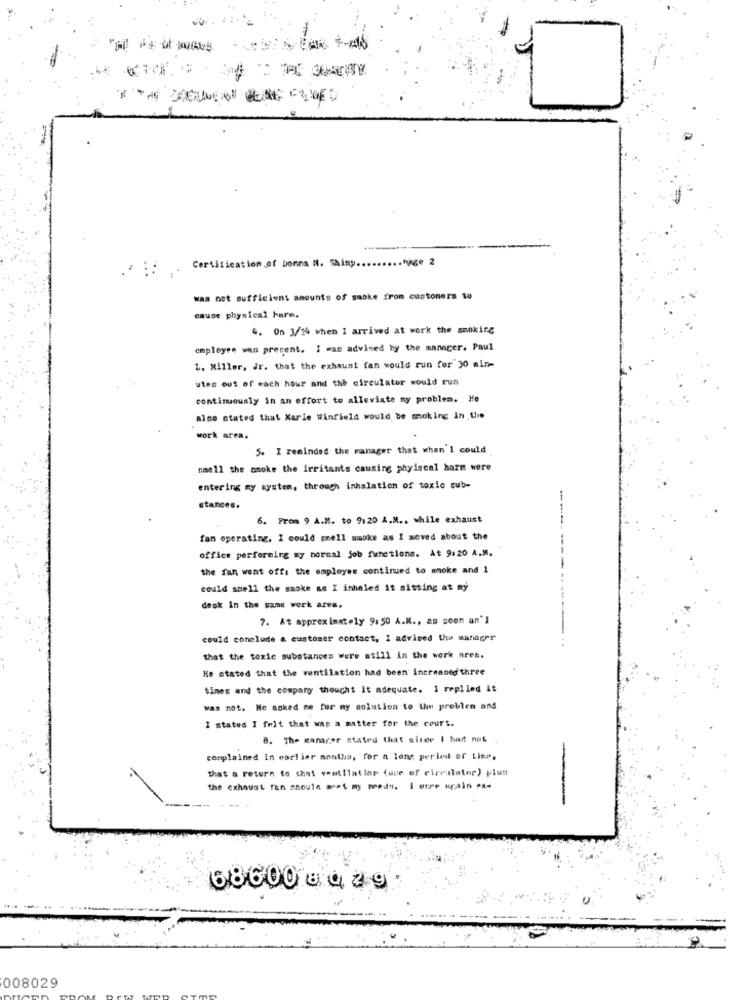
.. nage 2
Certification of Donna N. Shiny ...
was not sufficient amounts of smoke from customers to
cause physical Farm,
4. On 3/14 when I arrived at work the smoking
employee was present. I was advised by the manager. Paul
L. Miller, Jr. that the exhaust fan would run for'30 min-
utes out of each hour and the circulator would run
continuously in an effort to alleviate ny problem. He
also stated that Karle Winfield would be smoking in the
work area.
5. I reminded the manager that when I could
naell the osoke the Irritants causing phyiscal harm were
entering my system, through inhalation of toxic sub-
stances.
---
6. From 9 A.M. to 9:20 A.M ., while exhaust
fan operating, I could grell smoke as I moved about the
office performing sy normal job functions. At 9:20 A.M.
the fan went off: the employee continued to smoke and 1
could smell the smoke as I inhaled it sitting at my
desk in the same work area,
7. At approximately 91 50 A.M ., as soon an']
could conclude a customer contact, I advised the manager
that the toxic substances were still in the work ares.
He stated that the ventilation had been increased three
times and the compary thought it adequate. I replied it
was not. He asked me for my solution to the problem and
I stated I frit that was a matter for the court.
8. The manager stated that sluce I had not .
complained In earlier nontha, for a long period of time,
that & return to chat ventilation (une of circalater) plust
the exhaust fan souls met my needs. I orze urain ex-
-
68600 -049
008029